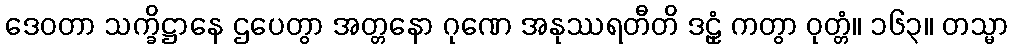
ဒေဝတာ သက္ခိဋ္ဌာနေ ဌပေတွာ အတ္တနော ဂုဏေ အနုဿရတီတိ ဒဠှံ ကတွာ ဝုတ္တံ။ ၁၆၃။ တသ္မာ